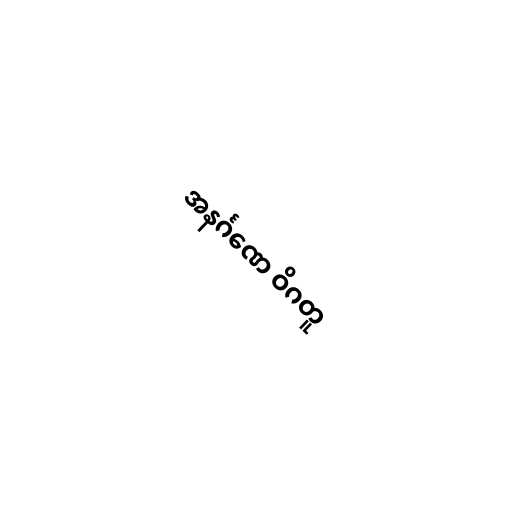
အနင်္ဂဏေ ဝိဂတူ